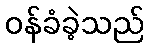
ဝန်ခံခဲ့သည်